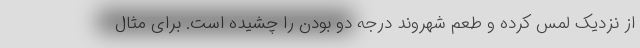
از نزدیک لمس کرده و طعم شهروند درجه دو بودن را چشیده است. برای مثال